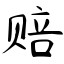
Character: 赔